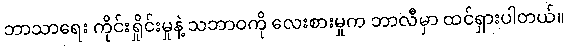
ဘာသာရေး ကိုင်းရှိုင်းမှုနဲ့ သဘာဝကို လေးစားမှုက ဘာလီမှာ ထင်ရှားပါတယ်။